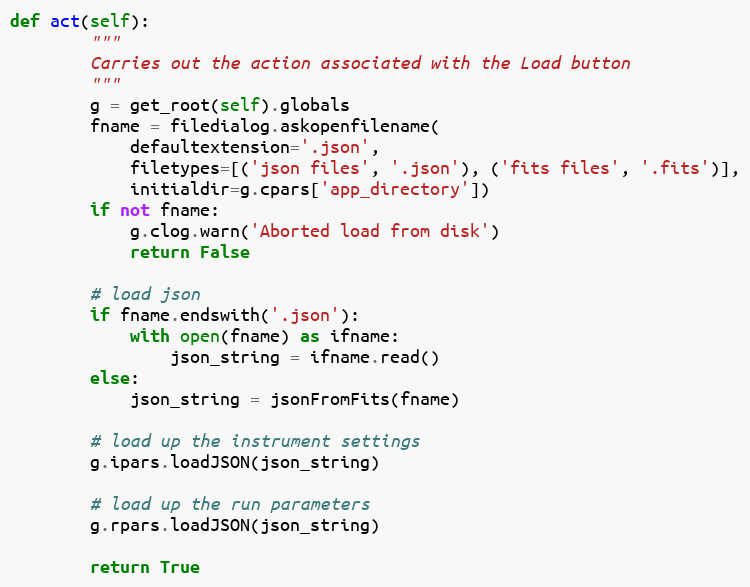
Language: Python
def act(self):
        """
        Carries out the action associated with the Load button
        """
        g = get_root(self).globals
        fname = filedialog.askopenfilename(
            defaultextension='.json',
            filetypes=[('json files', '.json'), ('fits files', '.fits')],
            initialdir=g.cpars['app_directory'])
        if not fname:
            g.clog.warn('Aborted load from disk')
            return False

        # load json
        if fname.endswith('.json'):
            with open(fname) as ifname:
                json_string = ifname.read()
        else:
            json_string = jsonFromFits(fname)

        # load up the instrument settings
        g.ipars.loadJSON(json_string)

        # load up the run parameters
        g.rpars.loadJSON(json_string)

        return True